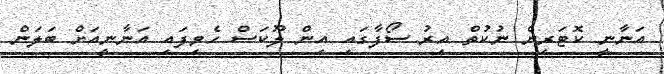
އަނާނީ ކޮޓަރިން ނުކުތް އިރު ސޯފާގައި އިން ލޫކަސް ހެވިފައި އަނާނީއަށް ބަލަން